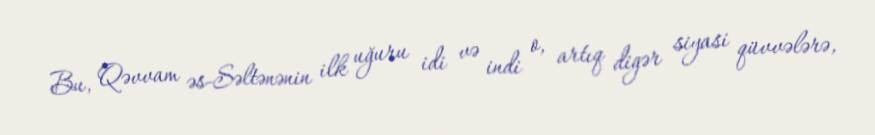
Bu, Qəvvam əs-Səltənənin ilk uğuru idi və indi o, artıq digər siyasi qüvvələrə,